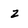
Character: z